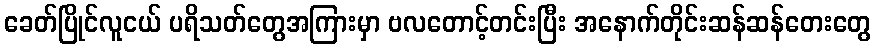
ခေတ်ပြိုင်လူငယ် ပရိသတ်တွေအကြားမှာ ဗလတောင့်တင်းပြီး အနောက်တိုင်းဆန်ဆန်တေးတွေ